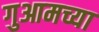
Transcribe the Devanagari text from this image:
गुआमच्या